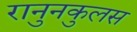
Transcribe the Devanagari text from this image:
रानुनकुलस